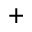
^ +